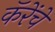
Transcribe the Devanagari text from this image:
कॅरेंचे